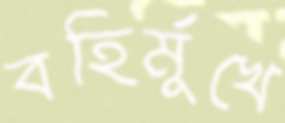
বহির্মুখে